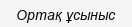
Ортақ ұсыныс